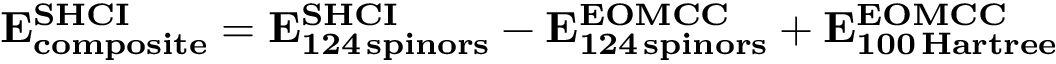
\mathbf { E _ { c o m p o s i t e } ^ { S H C I } = E _ { 1 2 4 \thinspace s p i n o r s } ^ { S H C I } - E _ { 1 2 4 \thinspace s p i n o r s } ^ { E O M C C } + E _ { 1 0 0 \thinspace H a r t r e e } ^ { E O M C C } }